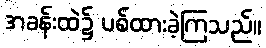
အခန်းထဲ၌ ပစ်ထားခဲ့ကြသည်။